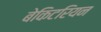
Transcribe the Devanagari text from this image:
बेकिटरियन